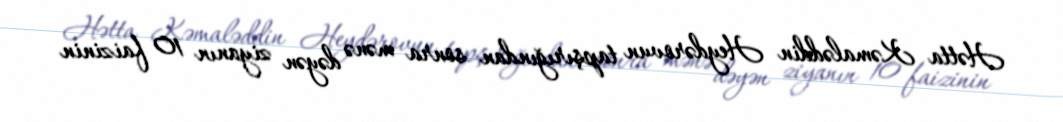
Hətta Kəmaləddin Heydərovun tapşırığından sonra mənə dəyən ziyanın 10 faizinin